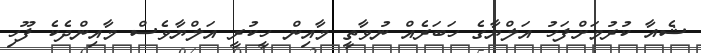
ޝެއާ ކުރުމަށްފަހު އަލްޔާގެ ހަބަރެއް ނުވާތީ މާއިން ހީކުރީ އަލްޔާވެސް މާއިންދެކެ ފޫހި